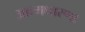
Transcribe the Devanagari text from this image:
आत्मधारणा